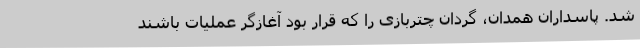
شد. پاسداران همدان، گردان چتربازی را که قرار بود آغازگر عملیات باشند